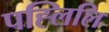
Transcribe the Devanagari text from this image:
पह्लिलि